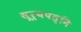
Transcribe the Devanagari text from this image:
सूर्यपत्नि